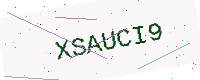
Text: XSAUCI9